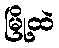
မြို့ထဲ